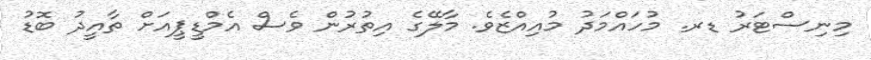
މިނިސްޓަރު ޑރ. މުހައްމަދު މުއިއްޒެވެ. މާލޭގެ އިތުރުން ވެސް އެމްޑީޕީއަށް ތާއީދު ބޮޑު